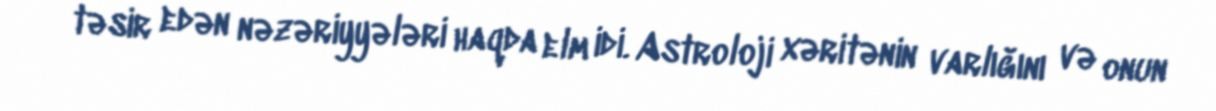
təsir edən nəzəriyyələri haqda elm idi. Astroloji xəritənin varlığını və onun